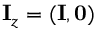
{ \mathbf I } _ { z } = ( { \mathbf I } , { \mathbf 0 } )